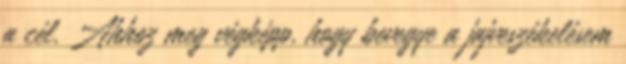
a cél. Ahhoz meg végképp, hogy bevegye a jajveszékelésem